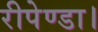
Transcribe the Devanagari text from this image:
रीपेण्डा।